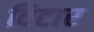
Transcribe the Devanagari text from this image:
विटार